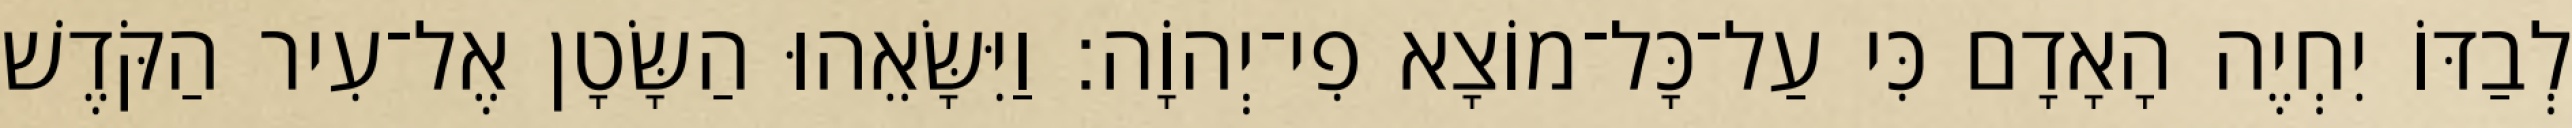
לְבַדּוֹ יִחְיֶה הָאָדָם כִּי עַל־כָּל־מוֹצָא פִי־יְהוָֹה׃ וַיִּשָּׂאֵהוּ הַשָּׂטָן אֶל־עִיר הַקֹּדֶשׁ